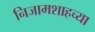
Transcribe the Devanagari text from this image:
निजामशाहच्या